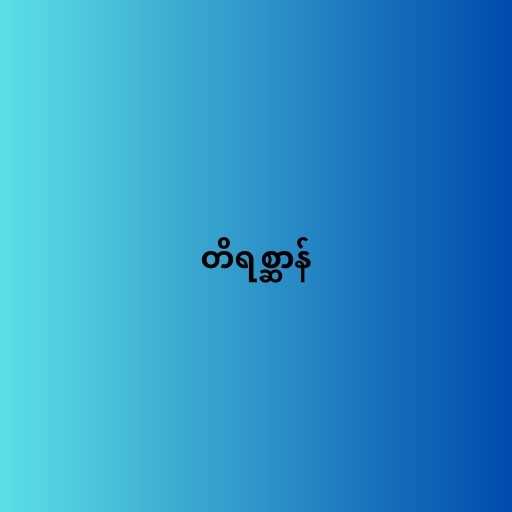
တိရစ္ဆာန်